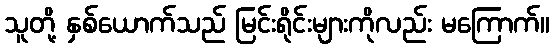
သူတို့ နှစ်ယောက်သည် မြင်းရိုင်းများကိုလည်း မကြောက်။